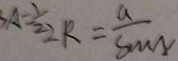
A = \frac { 1 } { 2 } 2 R = \frac { a } { \sin N }